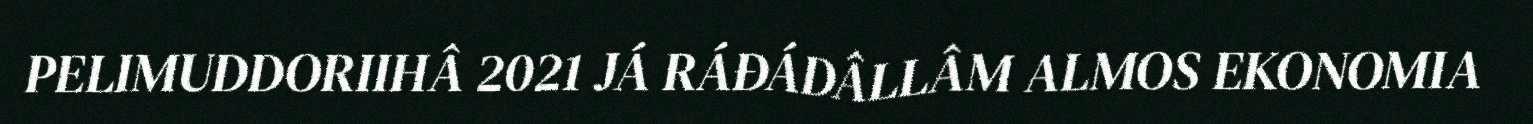
PELIMUDDORIIHÂ 2021 JÁ RÁĐÁDÂLLÂM ALMOS EKONOMIA